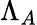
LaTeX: \Lambda_{A}